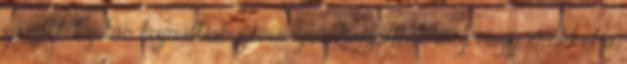
zászlót. Ezután hajnalban ejtőernyősök szállták meg nagy erőkkel a